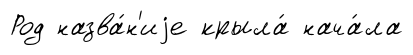
Род назва́н'иjе крыла́ нача́ла